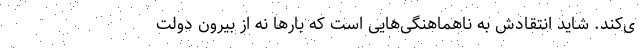
ی‌کند. شاید انتقادش به ناهماهنگی‌هایی است که بارها نه از بیرون دولت